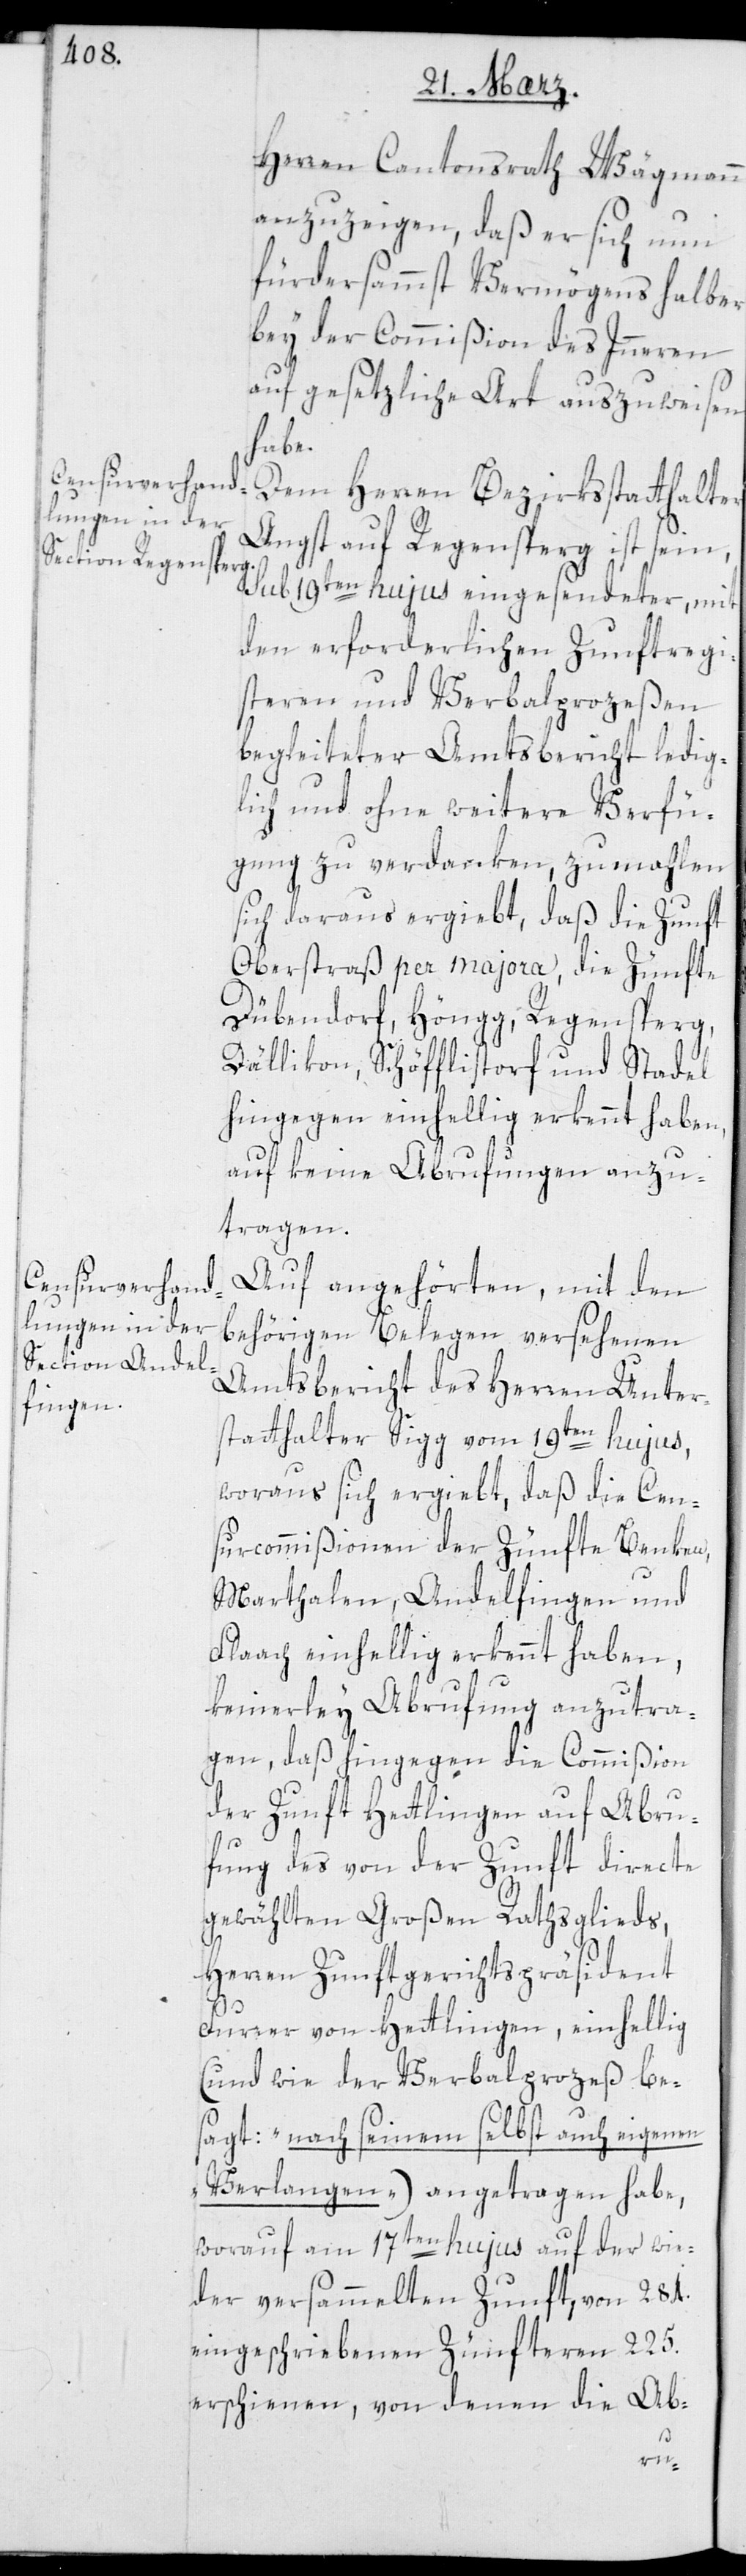
Herren Cantonsrath Wägmann
anzuzeigen, daß er sich nun
fürdersammst Vermögens halber
bey der Commißion des Innern
auf gesetzliche Art auszuweisen
habe.
Dem Herren Bezirksstatthalter
Angst auf Regensperg ist sein,
sub 19ten hujus eingesendeter, mit
den erforderlichen Zunftregi¬
steren und Verbalprozeßen
begleiteter Amtsbericht ledig¬
lich und ohne weitere Verfü¬
gung zu verdanken, zumahlen
sich daraus ergiebt, daß die Zunft
Oberstraß per majora die Zünfte
Dübendorf, Höngg, Regensperg,
Dällikon, Schöfflisdorf und Stadel
hingegen einhellig erkennt haben,
auf keine Abrufungen anzu¬
tragen.
Auf angehörten, mit den
behörigen Belegen versehenen
Amtsbericht des Herren Unter¬
statthalter Sigg vom 19ten hujus,
woraus sich ergiebt, daß die Cen¬
surcommißionen der Zünfte Benken,
Marthalen, Andelfingen und
Flaach einhellig erkennt haben,
keinerley Abrufung anzutra¬
gen, daß hingegen die Commißion
der Zunft Hettlingen auf Abru¬
fung des von der Zunft directe
gewählten Großen Rathsglieds,
Herren Zunftgerichtspräsident
Furrer von Hettlingen, einhellig
(und wie der Verbalprozeß be¬
sagt: „nach seinem selbst auch eigenen
Verlangen“) angetragen habe,
worauf am 17ten hujus auf der wie¬
der versammelten Zunft, von 284.
eingeschriebenen Zünfteren 225.
erschienen, von denen die Ab-